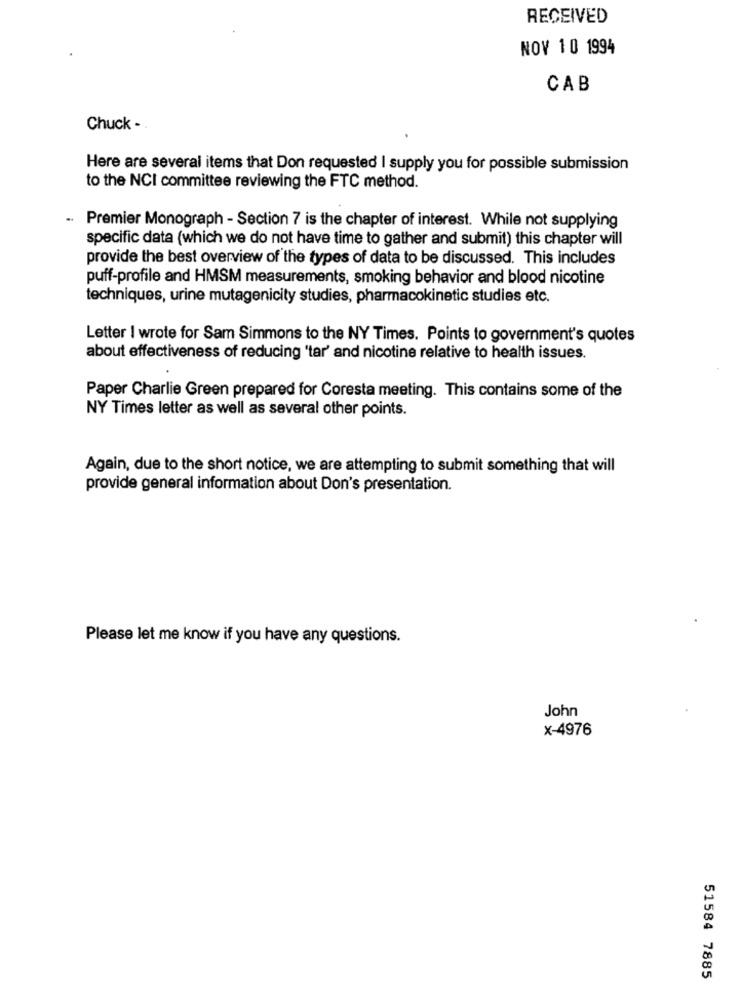
RECEIVED
NOV 10 1994
CAB
Chuck - .
Here are several items that Don requested I supply you for possible submission
to the NCI committee reviewing the FTC method.
.. Premier Monograph - Section 7 is the chapter of interest. While not supplying
specific data (which we do not have time to gather and submit) this chapter will
provide the best overview of the types of data to be discussed. This includes
puff-profile and HMSM measurements, smoking behavior and blood nicotine
techniques, urine mutagenicity studies, pharmacokinetic studies etc.
Letter I wrote for Sam Simmons to the NY Times. Points to government's quotes
about effectiveness of reducing 'tar' and nicotine relative to health issues.
Paper Charlie Green prepared for Coresta meeting. This contains some of the
NY Times letter as well as several other points.
Again, due to the short notice, we are attempting to submit something that will
provide general information about Don's presentation.
Please let me know if you have any questions.
John
x-4976
51584 7885